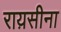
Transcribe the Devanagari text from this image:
राय़सीना